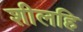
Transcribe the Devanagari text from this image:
शीलहि